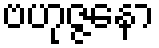
ဗဟုဇ္ဇနော